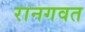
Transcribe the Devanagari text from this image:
रानगवत